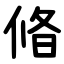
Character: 㫦